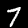
Digit: 7